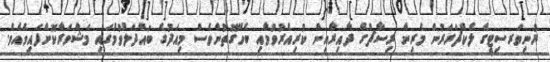
ޔުނިވަރސިޓީގެ ލެކްޗަރަރުން މެރިން ރިސާޗްގެ ދާއިރާއިން ކުރިއެރުވުމާއި ބެހޭގޮތުންވެސް މިއަދުގެ ބައްދަލުވުމުގައި މަޝްވަރާކޮށްފައިވެއެވެ.